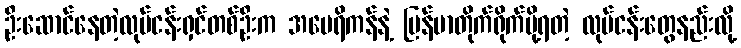
ဦးဆောင်နေတဲ့လုပ်ငန်းရှင်တစ်ဦးက အမေရိကန်နဲ့ မြန်မာတိုက်ရိုက်ပို့ရတဲ့ လုပ်ငန်းတွေနည်းလို့